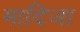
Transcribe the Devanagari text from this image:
मादिजा